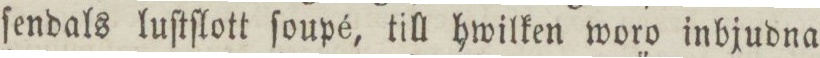
ſendals luſtſlott ſoupé, till hwilken woro inbjudna